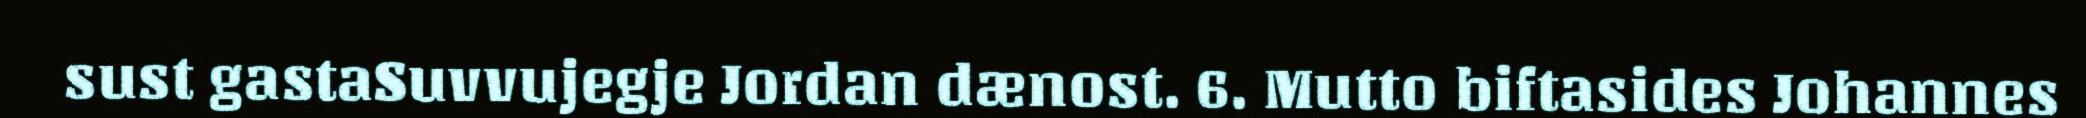
sust gastaSuvvujegje Jordan dænost. 6. Mutto biftasides Johannes